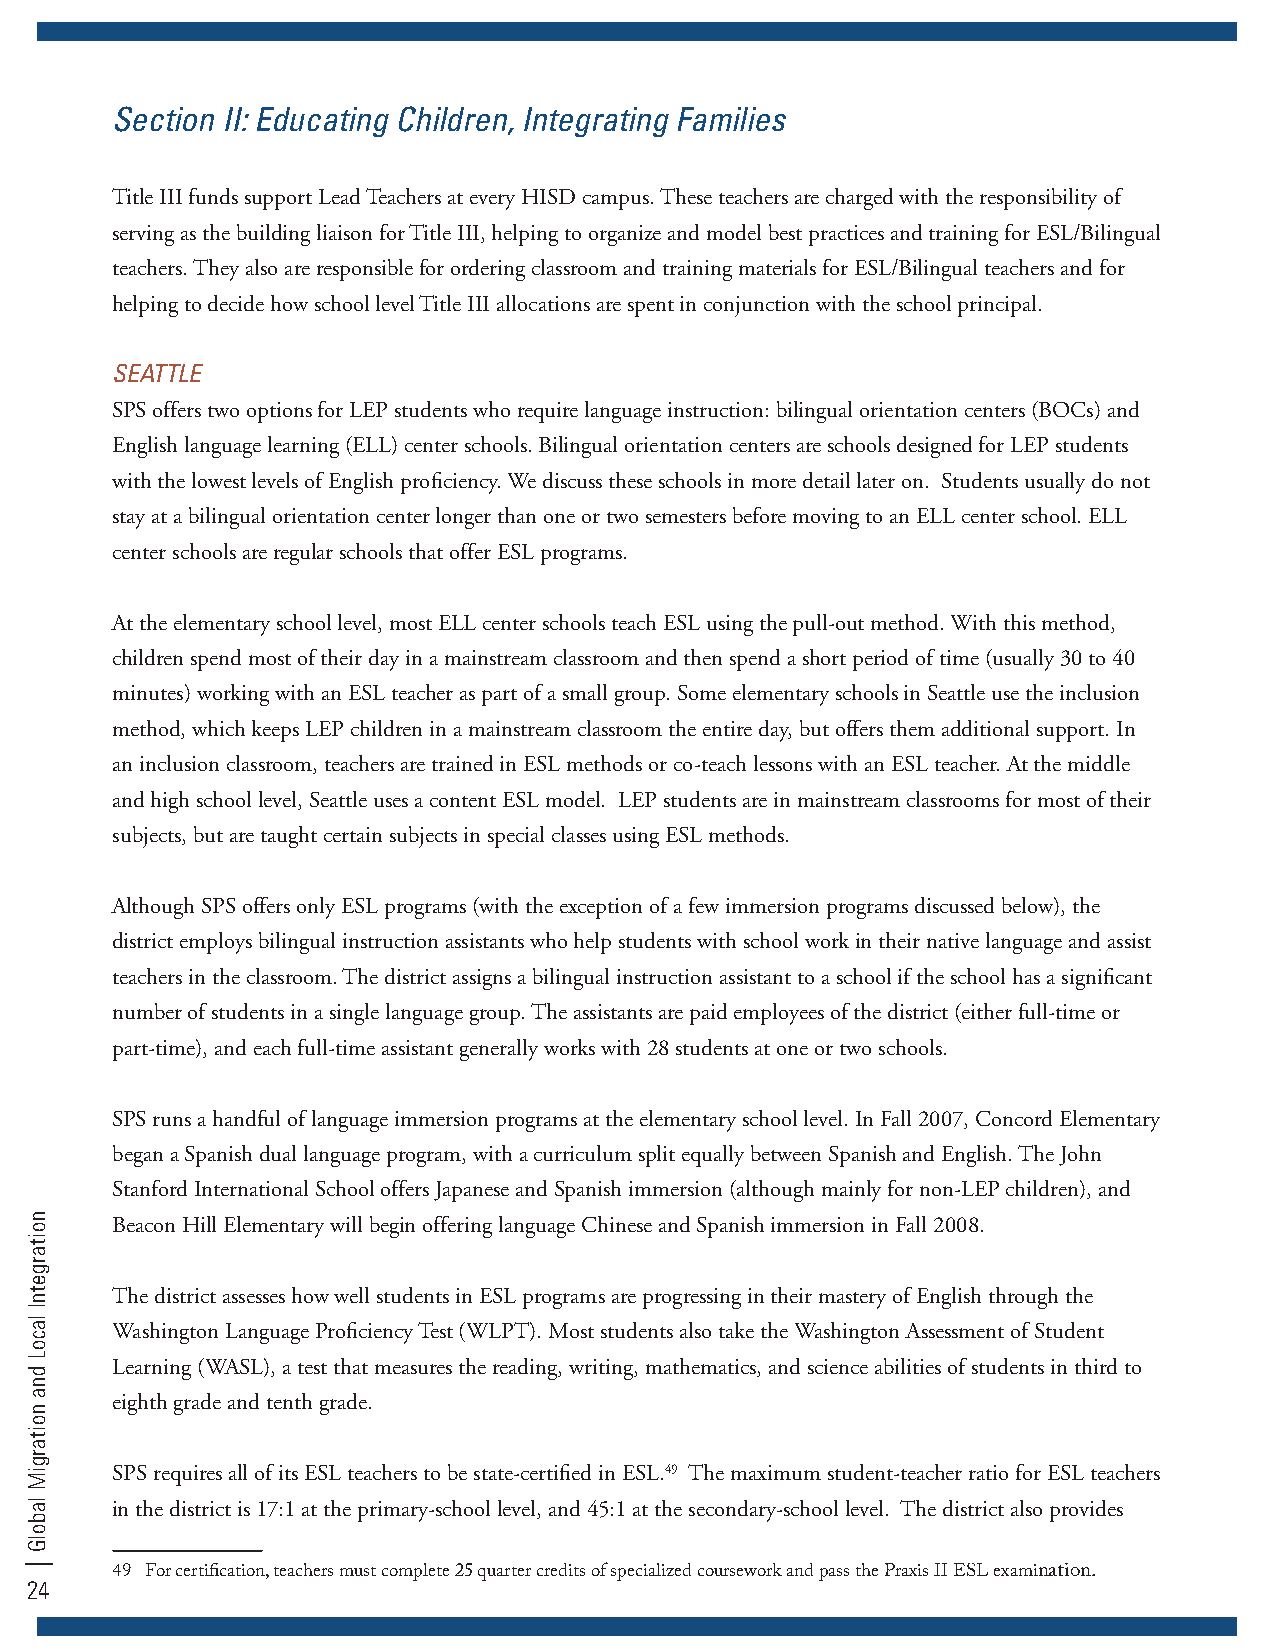
Section II: Educating Children, Integrating Families
 Title III funds support Lead Teachers at every HISD campus. These teachers are charged with the responsibility of
 serving as the building liaison for Title III, helping to organize and model best practices and training for ESL/Bilingual
 teachers. They also are responsible for ordering classroom and training materials for ESL/Bilingual teachers and for
 helping to decide how school level Title III allocations are spent in conjunction with the school principal.
 SEaTTlE
 SPS offers two options for LEP students who require language instruction: bilingual orientation centers (BOCs) and
 English language learning (ELL) center schools. Bilingual orientation centers are schools designed for LEP students
 with the lowest levels of English proficiency. We discuss these schools in more detail later on. Students usually do not
 stay at a bilingual orientation center longer than one or two semesters before moving to an ELL center school. ELL
 center schools are regular schools that offer ESL programs.
 At the elementary school level, most ELL center schools teach ESL using the pull-out method. With this method,
 children spend most of their day in a mainstream classroom and then spend a short period of time (usually 30 to 40
 minutes) working with an ESL teacher as part of a small group. Some elementary schools in Seattle use the inclusion
 method, which keeps LEP children in a mainstream classroom the entire day, but offers them additional support. In
 an inclusion classroom, teachers are trained in ESL methods or co-teach lessons with an ESL teacher. At the middle
 and high school level, Seattle uses a content ESL model. LEP students are in mainstream classrooms for most of their
 subjects, but are taught certain subjects in special classes using ESL methods.
 Although SPS offers only ESL programs (with the exception of a few immersion programs discussed below), the
 district employs bilingual instruction assistants who help students with school work in their native language and assist
 teachers in the classroom. The district assigns a bilingual instruction assistant to a school if the school has a significant
 number of students in a single language group. The assistants are paid employees of the district (either full-time or
 part-time), and each full-time assistant generally works with 28 students at one or two schools.
 SPS runs a handful of language immersion programs at the elementary school level. In Fall 2007, Concord Elementary
 began a Spanish dual language program, with a curriculum split equally between Spanish and English. The John
 Stanford International School offers Japanese and Spanish immersion (although mainly for non-LEP children), and
 Beacon Hill Elementary will begin offering language Chinese and Spanish immersion in Fall 2008.
 The district assesses how well students in ESL programs are progressing in their mastery of English through the
 Washington Language Proficiency Test (WLPT). Most students also take the Washington Assessment of Student
 Learning (WASL), a test that measures the reading, writing, mathematics, and science abilities of students in third to
 eighth grade and tenth grade.
 SPS requires all of its ESL teachers to be state-certified in ESL.49 The maximum student-teacher ratio for ESL teachers
 in the district is 17:1 at the primary-school level, and 45:1 at the secondary-school level. The district also provides
 49 For certification, teachers must complete 25 quarter credits of specialized coursework and pass the Praxis II ESL examination.
 24
 noitargetnI
 lacoL
 dna
 noitargiM
 labolG